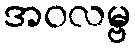
အဝလမ္ဗ